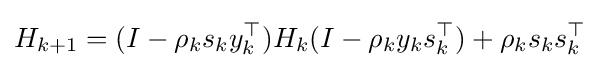
H_{k+1}=(I-\rho _{k}s_{k}y_{k}^{\top })H_{k}(I-\rho _{k}y_{k}s_{k}^{\top })+\rho _{k}s_{k}s_{k}^{\top }